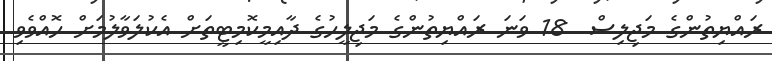
ރައްޔިތުންގެ މަޖިލިސް  18 ވަނަ ރައްޔިތުންގެ މަޖިލީހުގެ ދާއިމީކޮމިޓީތަށް އެކުލަވާލުމަށް ހޮއްވެވި